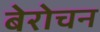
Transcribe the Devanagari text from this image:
बेरोचन